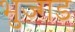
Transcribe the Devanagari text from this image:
भुज्गड